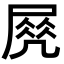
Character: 𡲵